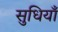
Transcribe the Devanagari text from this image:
सुधियाँ